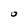
Character: O